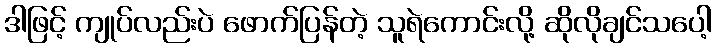
ဒါဖြင့် ကျုပ်လည်းပဲ ဖောက်ပြန်တဲ့ သူရဲကောင်းလို့ ဆိုလိုချင်သပေါ့